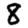
Digit: 8